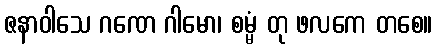
ဇနာဝါသေ ဂဏေ ဂါမော၊ စမ္မံ တု ဖလကေ တစေ။